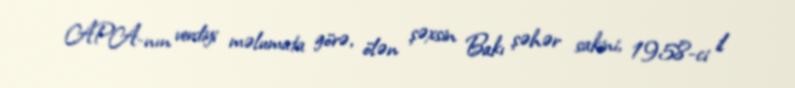
APA-nın verdiyi məlumata görə, ölən şəxsin Bakı şəhər sakini, 1958-ci il